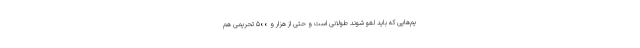
یم‌هایی که باید لغو شوند طولانی است و حتی از هزار و ۵۰۰ تحریمی هم